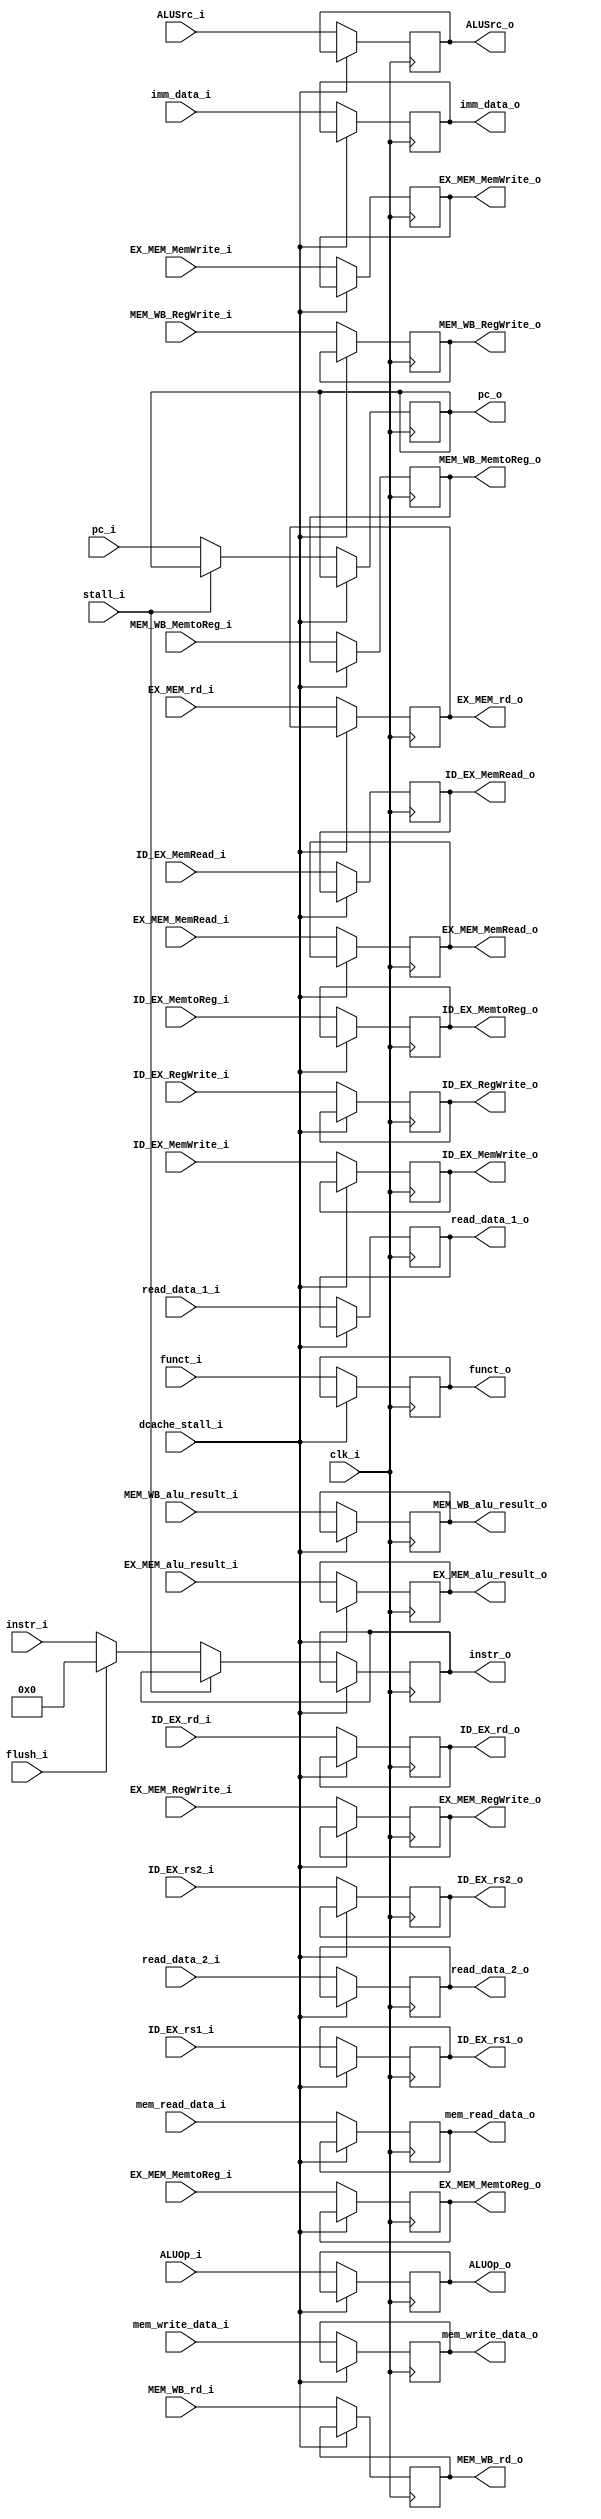
module Pipeline_Registers (
    clk_i,
    dcache_stall_i,

    // IF/ID
    pc_i,
    instr_i,
    stall_i,
    flush_i,
    pc_o,
    instr_o,

    // ID/EX
    ID_EX_RegWrite_i,
    ID_EX_MemtoReg_i,
    ID_EX_MemRead_i,
    ID_EX_MemWrite_i,
    ALUOp_i,
    ALUSrc_i,
    read_data_1_i,
    read_data_2_i,
    imm_data_i,
    funct_i,
    ID_EX_rs1_i,
    ID_EX_rs2_i,
    ID_EX_rd_i,
    ID_EX_RegWrite_o,
    ID_EX_MemtoReg_o,
    ID_EX_MemRead_o,
    ID_EX_MemWrite_o,
    ALUOp_o,
    ALUSrc_o,
    read_data_1_o,
    read_data_2_o,
    imm_data_o,
    funct_o,
    ID_EX_rs1_o,
    ID_EX_rs2_o,
    ID_EX_rd_o,

    // EX/MEM
    EX_MEM_RegWrite_i,
    EX_MEM_MemtoReg_i,
    EX_MEM_MemRead_i,
    EX_MEM_MemWrite_i,
    EX_MEM_alu_result_i,
    mem_write_data_i,
    EX_MEM_rd_i,
    EX_MEM_RegWrite_o,
    EX_MEM_MemtoReg_o,
    EX_MEM_MemRead_o,
    EX_MEM_MemWrite_o,
    EX_MEM_alu_result_o,
    mem_write_data_o,
    EX_MEM_rd_o,

    // MEM/WB
    MEM_WB_RegWrite_i,
    MEM_WB_MemtoReg_i,
    MEM_WB_alu_result_i,
    mem_read_data_i,
    MEM_WB_rd_i,
    MEM_WB_RegWrite_o,
    MEM_WB_MemtoReg_o,
    MEM_WB_alu_result_o,
    mem_read_data_o,
    MEM_WB_rd_o
);

// Ports
input               clk_i;
input               dcache_stall_i;
// IF/ID
input   wire[31:0]  pc_i;
input   wire[31:0]  instr_i;
input   wire        stall_i;
input   wire        flush_i;
output  reg[31:0]   pc_o;
output  reg[31:0]   instr_o;

// ID/EX
input   wire        ID_EX_RegWrite_i;
input   wire        ID_EX_MemtoReg_i;
input   wire        ID_EX_MemRead_i;
input   wire        ID_EX_MemWrite_i;
input   wire[1:0]   ALUOp_i;
input   wire        ALUSrc_i;
input   wire[31:0]  read_data_1_i;
input   wire[31:0]  read_data_2_i;
input   wire[31:0]  imm_data_i;
input   wire[9:0]   funct_i;
input   wire[4:0]   ID_EX_rs1_i;
input   wire[4:0]   ID_EX_rs2_i;
input   wire[4:0]   ID_EX_rd_i;
output  reg         ID_EX_RegWrite_o;
output  reg         ID_EX_MemtoReg_o;
output  reg         ID_EX_MemRead_o;
output  reg         ID_EX_MemWrite_o;
output  reg[1:0]    ALUOp_o;
output  reg         ALUSrc_o;
output  reg[31:0]   read_data_1_o;
output  reg[31:0]   read_data_2_o;
output  reg[31:0]   imm_data_o;
output  reg[9:0]    funct_o;
output  reg[4:0]    ID_EX_rs1_o;
output  reg[4:0]    ID_EX_rs2_o;
output  reg[4:0]    ID_EX_rd_o;

// EX/MEM
input   wire        EX_MEM_RegWrite_i;
input   wire        EX_MEM_MemtoReg_i;
input   wire        EX_MEM_MemRead_i;
input   wire        EX_MEM_MemWrite_i;
input   wire[31:0]  EX_MEM_alu_result_i;
input   wire[31:0]  mem_write_data_i;
input   wire[4:0]   EX_MEM_rd_i;
output  reg         EX_MEM_RegWrite_o;
output  reg         EX_MEM_MemtoReg_o;
output  reg         EX_MEM_MemRead_o;
output  reg         EX_MEM_MemWrite_o;
output  reg[31:0]   EX_MEM_alu_result_o;
output  reg[31:0]   mem_write_data_o;
output  reg[4:0]    EX_MEM_rd_o;

// MEM/WB
input   wire        MEM_WB_RegWrite_i;
input   wire        MEM_WB_MemtoReg_i;
input   wire[31:0]  MEM_WB_alu_result_i;
input   wire[31:0]  mem_read_data_i;
input   wire[4:0]   MEM_WB_rd_i;
output  reg         MEM_WB_RegWrite_o;
output  reg         MEM_WB_MemtoReg_o;
output  reg[31:0]   MEM_WB_alu_result_o;
output  reg[31:0]   mem_read_data_o;
output  reg[4:0]    MEM_WB_rd_o;

// 
// IF/ID
always @ (posedge clk_i) begin
    if (~dcache_stall_i) begin
        if (~stall_i) begin  // important
            if (flush_i) begin
                pc_o <= pc_i;
                instr_o <= 32'b0;
            end
            else begin
                pc_o <= pc_i;
                instr_o <= instr_i;
            end
        end
    end
end

// ID/EX
always @ (posedge clk_i) begin
    if (~dcache_stall_i) begin
        ID_EX_RegWrite_o <= ID_EX_RegWrite_i;
        ID_EX_MemtoReg_o <= ID_EX_MemtoReg_i;
        ID_EX_MemRead_o <= ID_EX_MemRead_i;
        ID_EX_MemWrite_o <= ID_EX_MemWrite_i;
        ALUOp_o <= ALUOp_i;
        ALUSrc_o <= ALUSrc_i;
        read_data_1_o <= read_data_1_i;
        read_data_2_o <= read_data_2_i;
        imm_data_o <= imm_data_i;
        funct_o <= funct_i;
        ID_EX_rs1_o <= ID_EX_rs1_i;
        ID_EX_rs2_o <= ID_EX_rs2_i;
        ID_EX_rd_o <= ID_EX_rd_i;
    end
end

// EX/MEM
always @ (posedge clk_i) begin
    if (~dcache_stall_i) begin
        EX_MEM_RegWrite_o <= EX_MEM_RegWrite_i;
        EX_MEM_MemtoReg_o <= EX_MEM_MemtoReg_i;
        EX_MEM_MemRead_o <= EX_MEM_MemRead_i;
        EX_MEM_MemWrite_o <= EX_MEM_MemWrite_i;
        EX_MEM_alu_result_o <= EX_MEM_alu_result_i;
        mem_write_data_o <= mem_write_data_i;
        EX_MEM_rd_o <= EX_MEM_rd_i;
    end
end

// MEM/WB
always @ (posedge clk_i) begin
    if (~dcache_stall_i) begin
        MEM_WB_RegWrite_o <= MEM_WB_RegWrite_i;
        MEM_WB_MemtoReg_o <= MEM_WB_MemtoReg_i;
        MEM_WB_alu_result_o <= MEM_WB_alu_result_i;
        mem_read_data_o <= mem_read_data_i;
        MEM_WB_rd_o <= MEM_WB_rd_i;
    end
end

endmodule